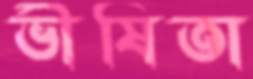
ভীষিতা